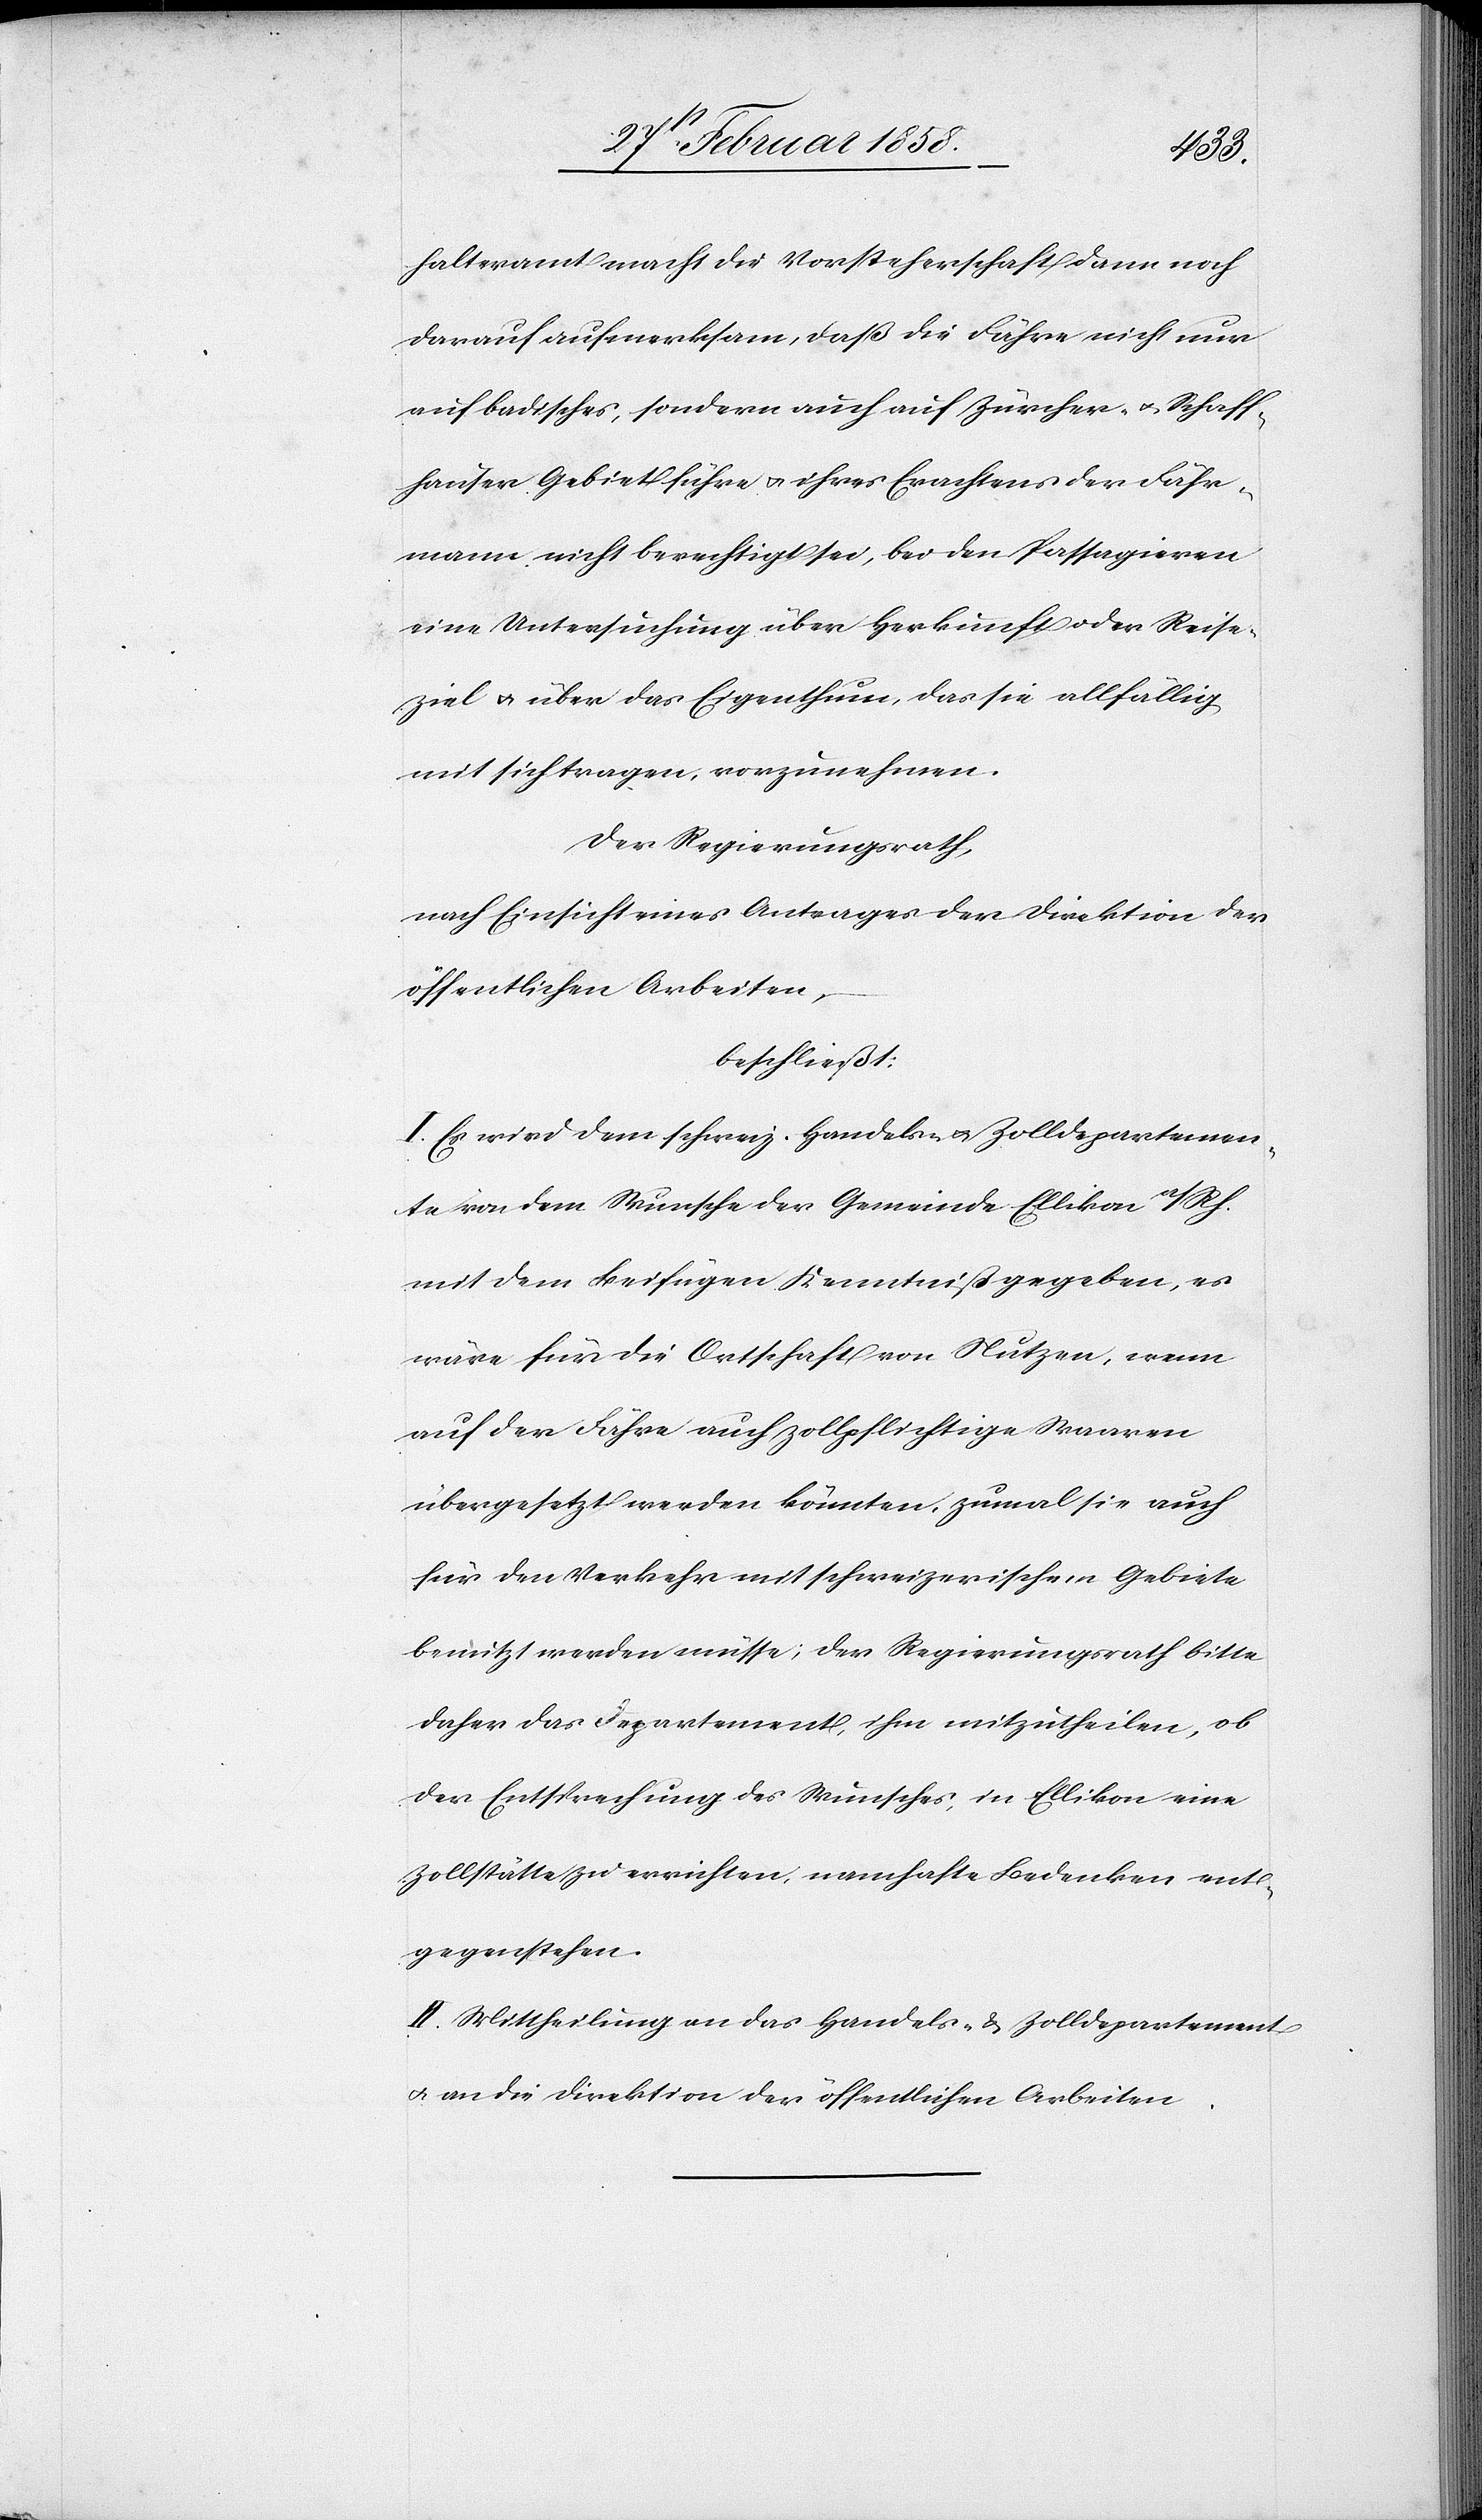
halteramt macht die Vorsteherschaft dann noch
darauf aufmerksam, daß die Fähre nicht nur
auf badisches, sondern auch auf Zürcher- u. Schaff¬
hauser Gebiet führe u. ihres Erachtens der Fähr¬
mann nicht berechtigt sei, bei den Passagieren
eine Untersuchung über Herkunft oder Reise¬
ziel u. über das Eigenthum, das sie allfällig
mit sich tragen, vorzunehmen.
Der Regierungsrath,
nach Einsicht eines Antrages der Direktion der
öffentlichen Arbeiten,
beschließt:
I. Es wird dem schweiz. Handels- u. Zolldepartemen¬
te von dem Wunsche der Gemeinde Ellikon a/Rh.
mit dem Beifügen Kenntniß gegeben, es
wäre für die Ortschaft von Nutzen, wenn
auf der Fähre auch zollpflichtige Waaren
übergesetzt werden könnten, zumal sie auch
für den Verkehr mit schweizerischem Gebiete
benützt werden müsse; der Regierungsrath bitte
daher das Departement, ihm mitzutheilen, ob
der Entsprechung des Wunsches, in Ellikon eine
Zollstätte zu errichten, namhafte Bedenken ent¬
gegenstehen.
II. Mittheilung an das Handels- u. Zolldepartement
u. an die Direktion der öffentlichen Arbeiten.